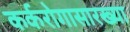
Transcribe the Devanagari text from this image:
कर्करोगासारख्या